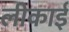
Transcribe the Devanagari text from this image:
लीकाई